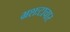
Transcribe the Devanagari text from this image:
भ्रशःटाचार